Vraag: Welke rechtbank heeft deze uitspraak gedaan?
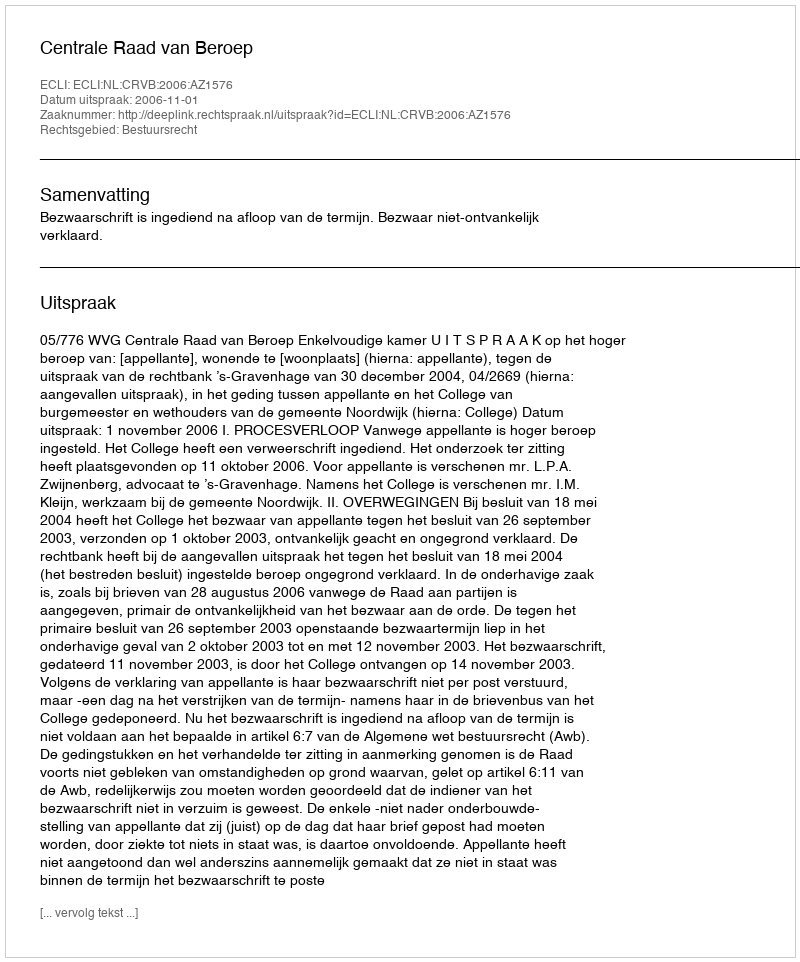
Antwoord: Centrale Raad van Beroep